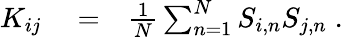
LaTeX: \begin{array}{rlr}{K_{ij}}&{{}=}&{\frac{1}{N}\sum_{n=1}^{N}S_{i,n}S_{j,n}\; .}\end{array}